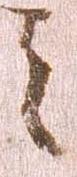
之